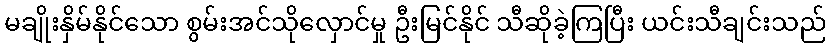
မချိုးနှိမ်နိုင်သော စွမ်းအင်သိုလှောင်မှု ဦးမြင်နိုင် သီဆိုခဲ့ကြပြီး ယင်းသီချင်းသည်